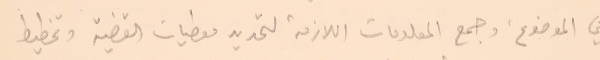
في الموضوع، وجمع المعلومات اللازمة لتحديد معطيات القضية وتخطيط